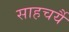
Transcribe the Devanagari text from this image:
साहचर्यै